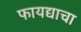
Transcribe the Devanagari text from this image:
फायद्याचा